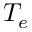
T _ { e }